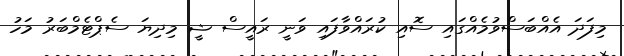
މިފަދަ އެއްބަސްވުމެއްގައި ސޮއި ކުރައްވާފައި ވަނީ ރައީސް ޝީ މިދިޔަ ސެޕްޓެމްބަރު މަހު